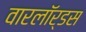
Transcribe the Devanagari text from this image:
वारलॉर्डस